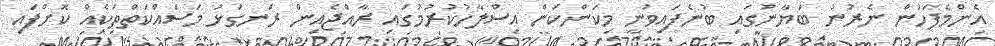
އެންމެފަހުން ނެރުނު ބަޔާނުގައި ބުނެފައިވަނީ މިކަންކަން އިސްލާހުކުރުމުގައި ރާއްޖެއިން ރަނގަޅު މަސައްކަތްތަކެއް ކޮށްފައި